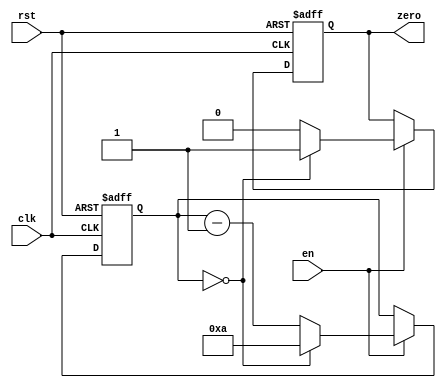
module modulo_n_down_counter (
    input wire clk, //clock input
    input wire en, //enable input
    input wire rst, //reset input
    output reg zero //output signal indicating counter reaching zero
);

parameter N = 10; //value to count down from

reg [3:0] count; //4-bit counter

always @ (posedge clk or posedge rst) begin
    if (rst) begin
        count <= N;
        zero <= 0;
    end else begin
        if (en) begin
            if (count == 0) begin
                zero <= 1;
                count <= N;
            end else begin
                count <= count - 1;
                zero <= 0;
            end
        end
    end
end

endmodule